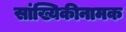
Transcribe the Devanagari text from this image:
सांख्यिकीनामक